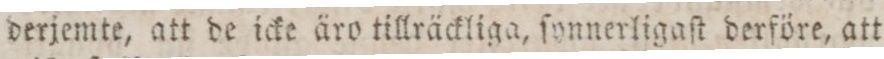
derjemte, att de icke äro tillräckliga, ſynnerligaſt derföre, att